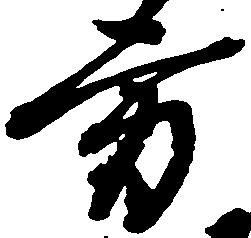
方